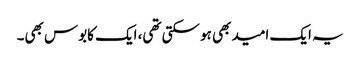
یہ ایک امید بھی ہو سکتی تھی، ایک کابوس بھی۔